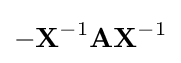
-\mathbf {X} ^{-1}\mathbf {A} \mathbf {X} ^{-1}